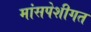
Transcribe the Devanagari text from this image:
मांसपेशीगत